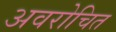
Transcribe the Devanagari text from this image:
अवरोचित